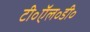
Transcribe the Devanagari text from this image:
टी॰ऍल॰डी॰